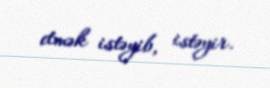
etmək istəyib, istəyir.